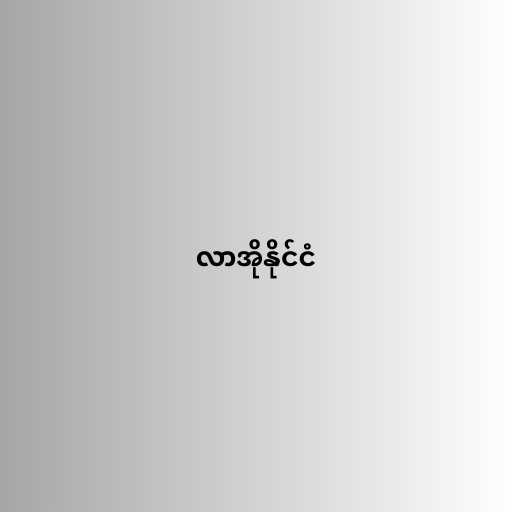
လာအိုနိုင်ငံ